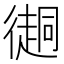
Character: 𢖂